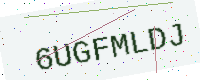
Text: 6UGFMLDJ